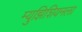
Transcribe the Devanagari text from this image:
म्युझिशियनला